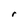
Character: r